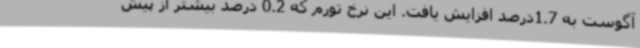
آگوست به 1.7درصد افزایش یافت. این نرخ تورم که 0.2 درصد بیشتر از پیش